Vaccination in Bombay 1869-1873 - 1869-1873
Year: 1869
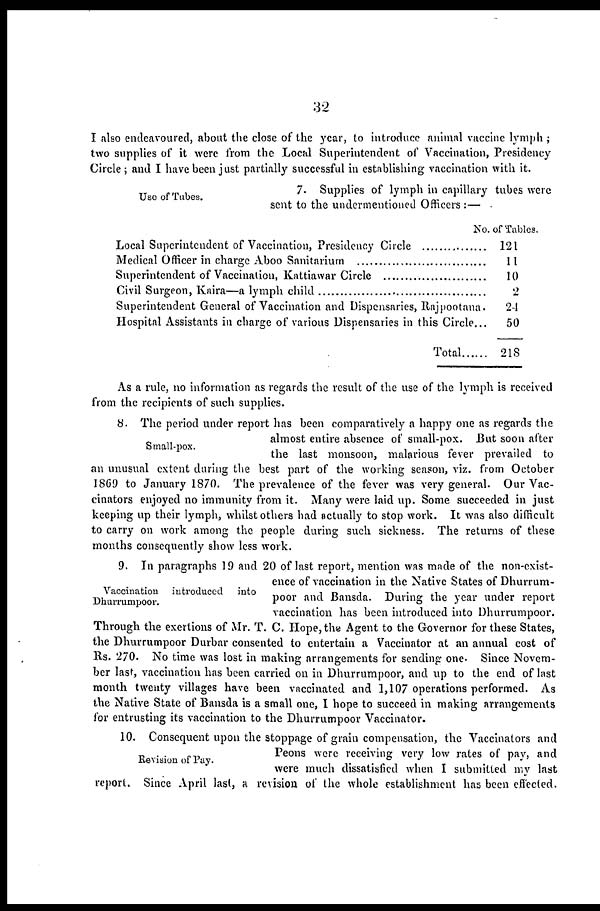
32
I also endeavoured, about the close of the year, to introduce animal vaccine lymph ;
two supplies of it were from the Local Superintendent of Vaccination, Presidency
Circle; and I have been just partially successful in establishing vaccination with it.
Use of Tubes.
7. Supplies of lymph in capillary tubes were
sent to the undermentioned Officers:—
Local Superintendent of Vaccination, Presidency Circle ...........
Medical Officer in charge Aboo Sanitarium ..............
Superintendent of Vaccination, Kattiawar Circle
Civil Surgeon, Kaira—a lymph child .......................
Superintendent General of Vaccination and Dispensaries, Rajpootana
Hospital Assistants in charge of various Dispensaries in this Circle...
Total .........
No of Tables.
121
11
10
2
21
50
218
As a rule, no information as regards the result of the use of the lymph is received
from the recipients of such supplies.
Small-pox.
8. The period under report has been comparatively a happy one as regards the
almost entire absence of small-pox. But soon after
the last monsoon, malarious fever prevailed to
an unusual extent during the best part of the working season, viz. from October
1869 to January 1870. The prevalence of the fever was very general. Our Vac-
cinators enjoyed no immunity from it. Many were laid up. Some succeeded in just
keeping up their lymph, whilst others had actually to stop work. It was also difficult
to carry on work among the people during such sickness. The returns of these
months consequently show less work.
Vaccination introduced
into
Dhurrumpoor.
9. In paragraphs 19 and 20 of last report, mention was made of the non-exist-
ence of vaccination in the Native States of Dhurrum-
poor and Bansda. During the year under report
vaccination has been introduced into Dhurrumpoor.
Through the exertions of Mr. T. C. Hope, the Agent to the Governor for these States,
the Dhurrumpoor Durbar consented to entertain a Vaccinator at an annual cost of
Rs. 270. No time was lost in making arrangements for sending one. Since Novem-
ber last, vaccination has been carried on in Dhurrumpoor, and up to the end of last
month twenty villages have been vaccinated and 1,107 operations performed. As
the Native State of Bansda is a small one, I hope to succeed in making arrangements
for entrusting its vaccination to the Dhurrumpoor Vaccinator.
Revision of Pay.
10. Consequent upon the stoppage of grain compensation, the Vaccinators and
Peons were receiving very low rates of pay, and
were much dissatisfied when I submitted my last
report. Since April last, a revision of the whole establishment has been effected.